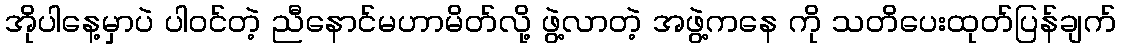
အိုပါနေ့မှာပဲ ပါဝင်တဲ့ ညီနောင်မဟာမိတ်လို့ ဖွဲ့လာတဲ့ အဖွဲ့ကနေ ကို သတိပေးထုတ်ပြန်ချက်